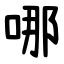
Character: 哪